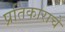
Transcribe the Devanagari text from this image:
प्रतिकाराचे